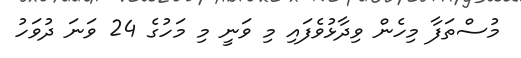
މުސްތަފާ މިހެން ވިދާޅުވެފައި މި ވަނީ މި މަހުގެ 24 ވަނަ ދުވަހު